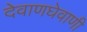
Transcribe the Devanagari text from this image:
देवाणघेवाणी